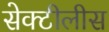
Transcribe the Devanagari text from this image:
सेक्टीलीस